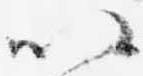
以